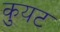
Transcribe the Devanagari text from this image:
कुयट